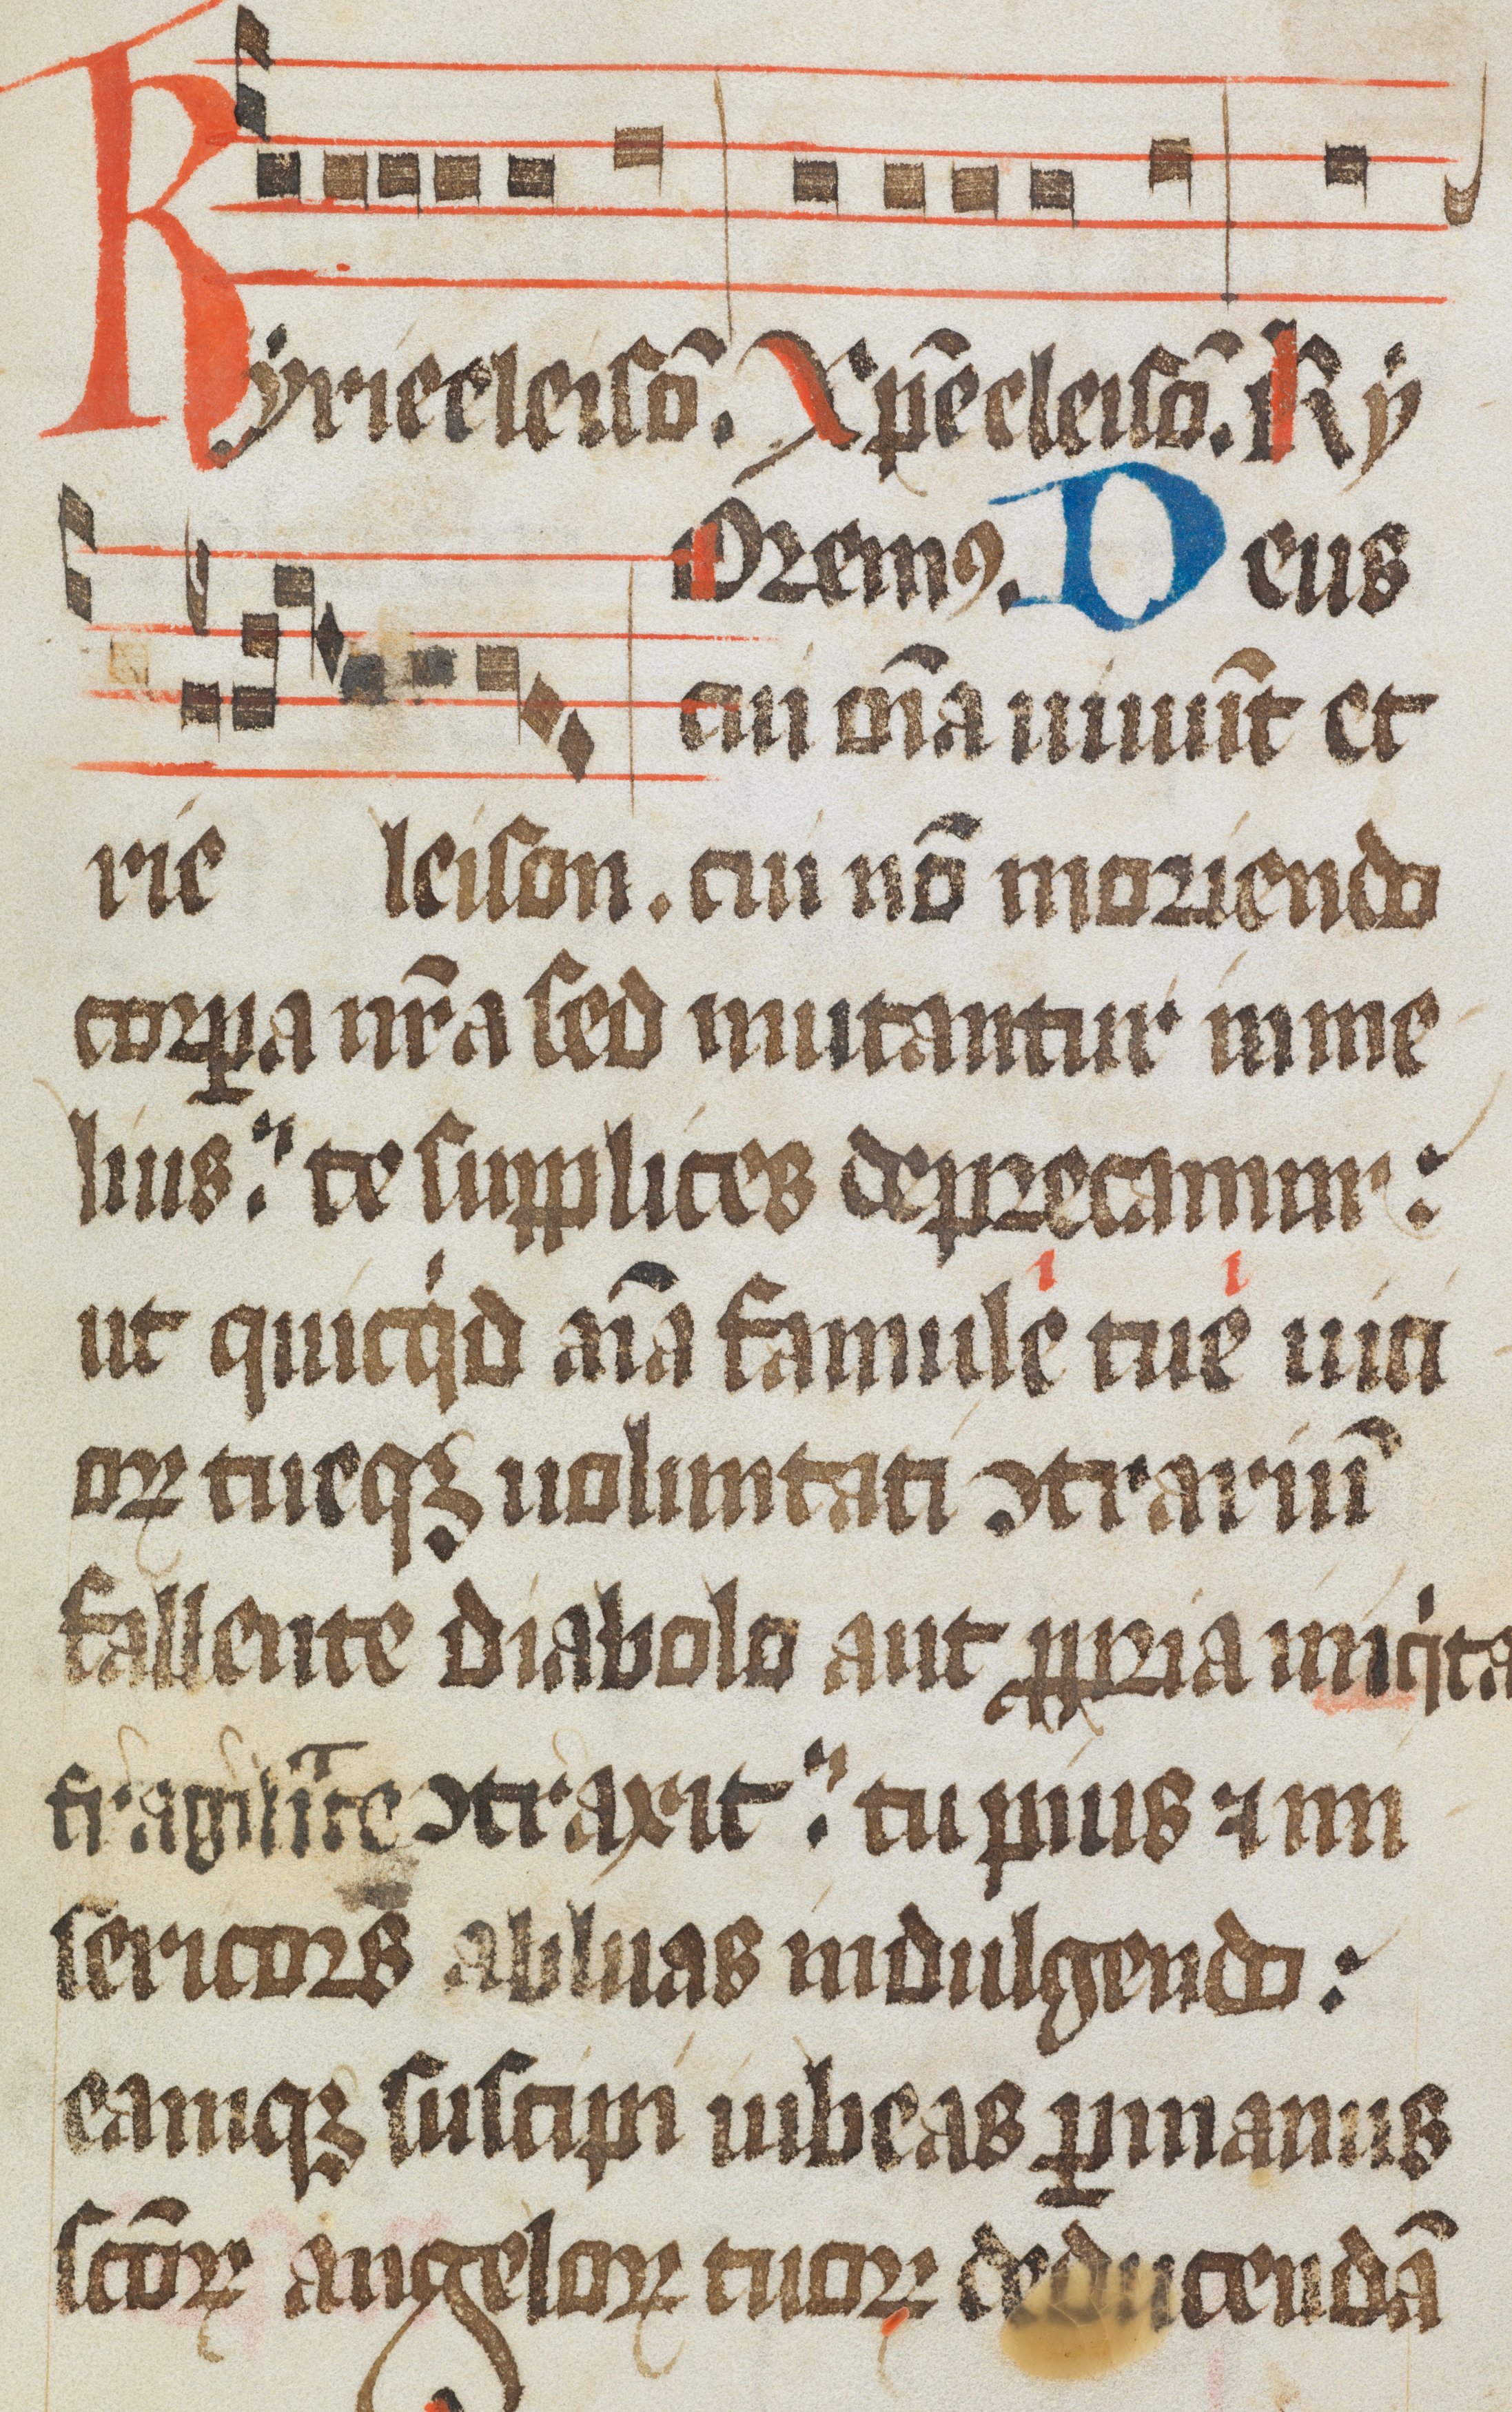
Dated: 1484–1487